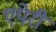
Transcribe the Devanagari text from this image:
एपेरी